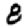
Digit: 3